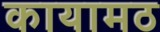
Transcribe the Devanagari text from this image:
कायामठ